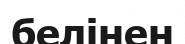
белінен